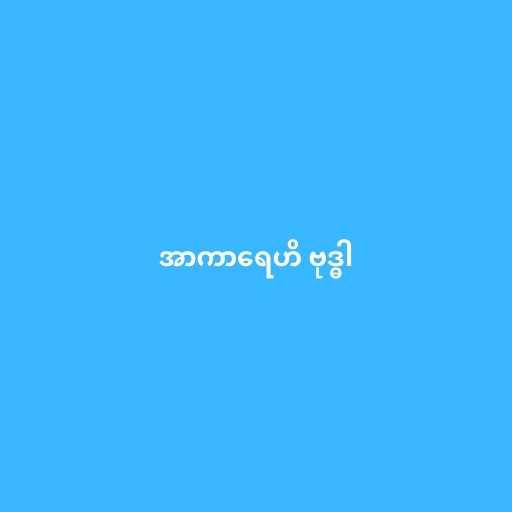
အာကာရေဟိ ဗုဒ္ဓါ